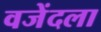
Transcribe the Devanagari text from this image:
वजेंदला